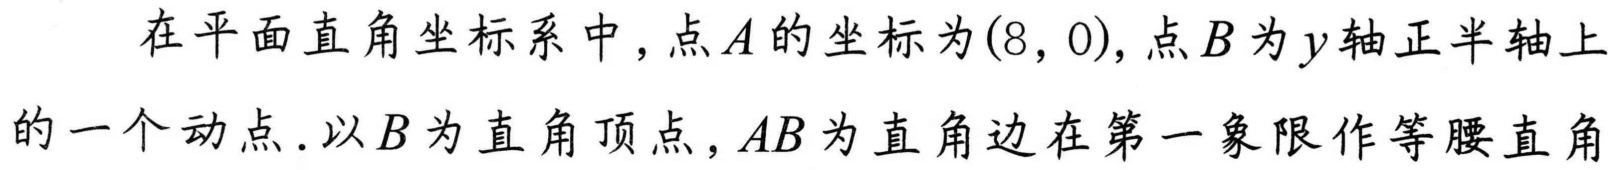
在平面直角坐标系中，点\(A\)的坐标为\((8,0)\)，点\(B\)为\(y\)轴正半轴上的一个动点.以\(B\)为直角顶点，\(AB\)为直角边在第一象限作等腰直角